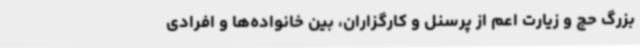
بزرگ حج و زیارت اعم از پرسنل و کارگزاران، بین خانواده‌ها و افرادی